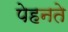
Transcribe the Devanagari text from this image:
पेहनते